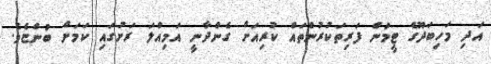
އަދި މަހިބަދޫގެ ޓީމުން ފަރިތަކުރުންތައް ކުރިއަށް ގެންދާނީ އަމިއްލަ ރަށުގައި ކަމަށް ބުންޏެވެ.